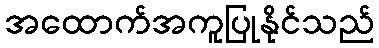
အထောက်အကူပြုနိုင်သည်